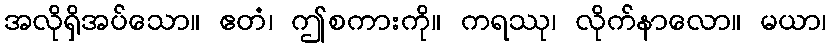
အလိုရှိအပ်သော။ ဧတံ၊ ဤစကားကို။ ကရဿု၊ လိုက်နာလော။ မယာ၊